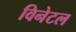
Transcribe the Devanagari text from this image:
विनेटल